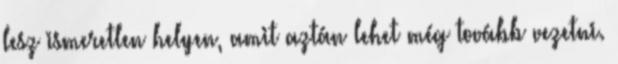
lesz ismeretlen helyen, amit aztán lehet még tovább vezetni.